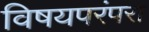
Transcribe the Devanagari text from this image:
विषयपरंपरा